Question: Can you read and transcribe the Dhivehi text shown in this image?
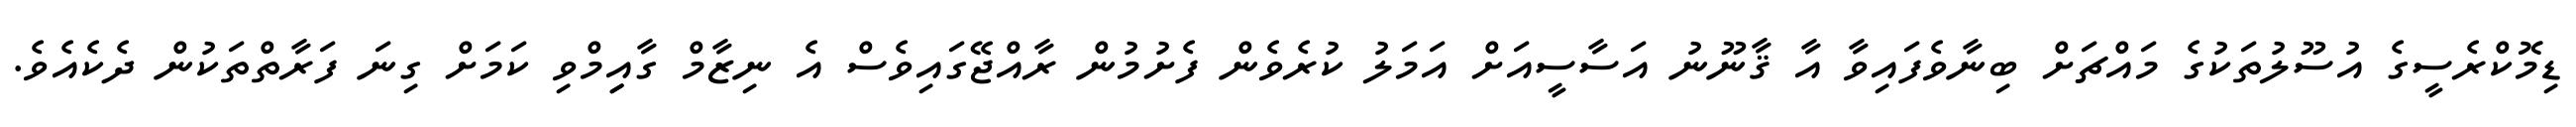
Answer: ޑިމޮކްރެސީގެ އުސޫލުތަކުގެ މައްޗަށް ބިނާވެފައިވާ އާ ޤާނޫނު އަސާސީއަށް އަމަލު ކުރެވެން ފެށުމުން ރާއްޖޭގައިވެސް އެ ނިޒާމް ގާއިިމްވި ކަމަށް ގިނަ ފަރާތްތަކުން ދެކެއެވެ.